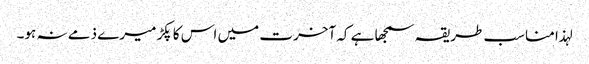
لہذا مناسب طریقہ سمجھا ہے کہ آخرت میں اس کا پکڑ میرے ذمے نہ ہو۔